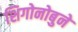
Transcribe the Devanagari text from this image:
शिगोनोबुने